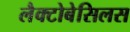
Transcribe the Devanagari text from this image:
लैक्टोबेसिलस